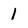
Character: 1